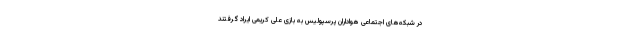
در شبکه‌های اجتماعی هواداران پرسپولیس به بازی علی کریمی ایراد گرفتند